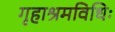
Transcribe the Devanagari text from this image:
गृहाश्रमविधिः